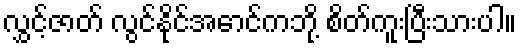
လွှင့်ဇာတ် လွင်နိုင်အောင်ကဘို့ စိတ်ကူးပြီးသားပါ။